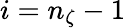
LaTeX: i=n_{\zeta}-1